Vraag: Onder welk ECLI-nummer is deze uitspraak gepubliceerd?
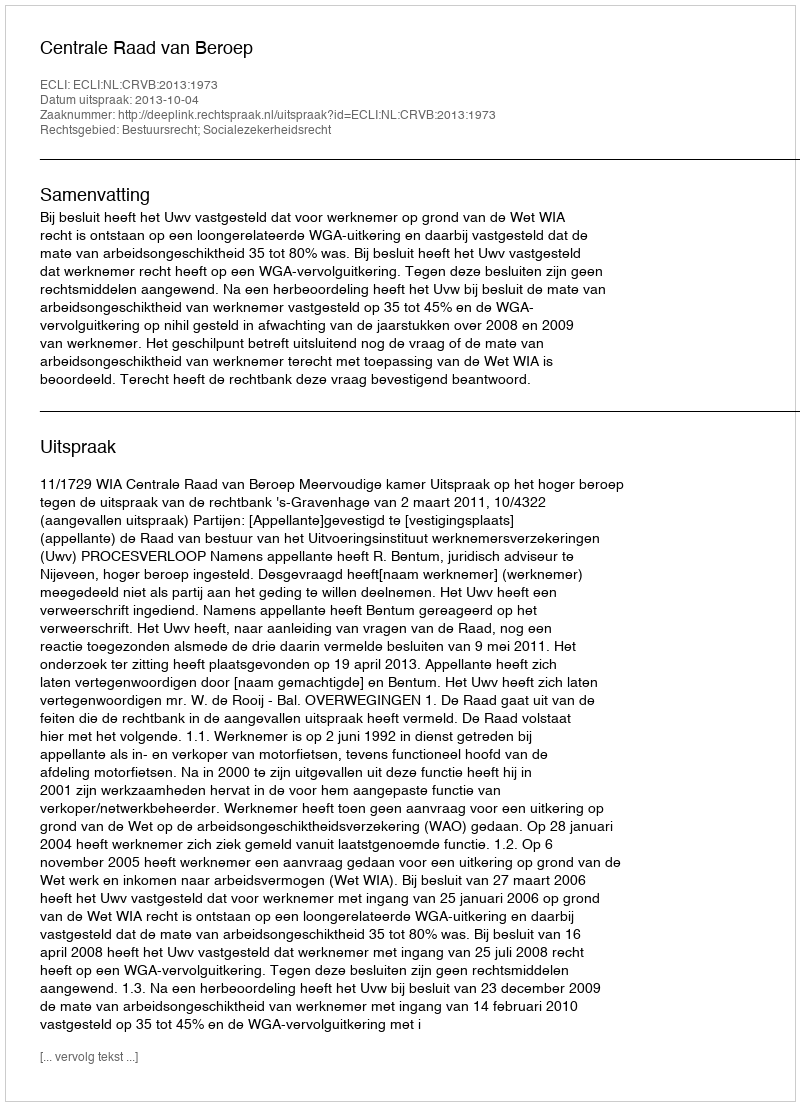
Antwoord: ECLI:NL:CRVB:2013:1973